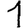
Digit: 1